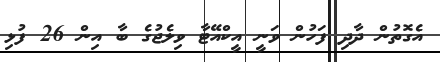
އެގޮތުން ދާދި ފަހުން ވަނީ އީކްއޭޓާ ވިލެޖުގެ ބާ އިން 26 ފުޅި